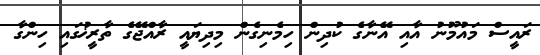
ރައީސް މައުމޫނު އާއި އޭނާގެ ކުދިން ހިމެނިގެން މިދިޔައީ ރާއްޖޭގެ ތާރީޚުގައި ހިންގާ